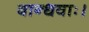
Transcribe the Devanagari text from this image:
बान्धवाः।